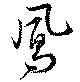
鳳